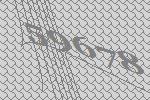
59678